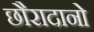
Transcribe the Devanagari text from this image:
छौरादानो